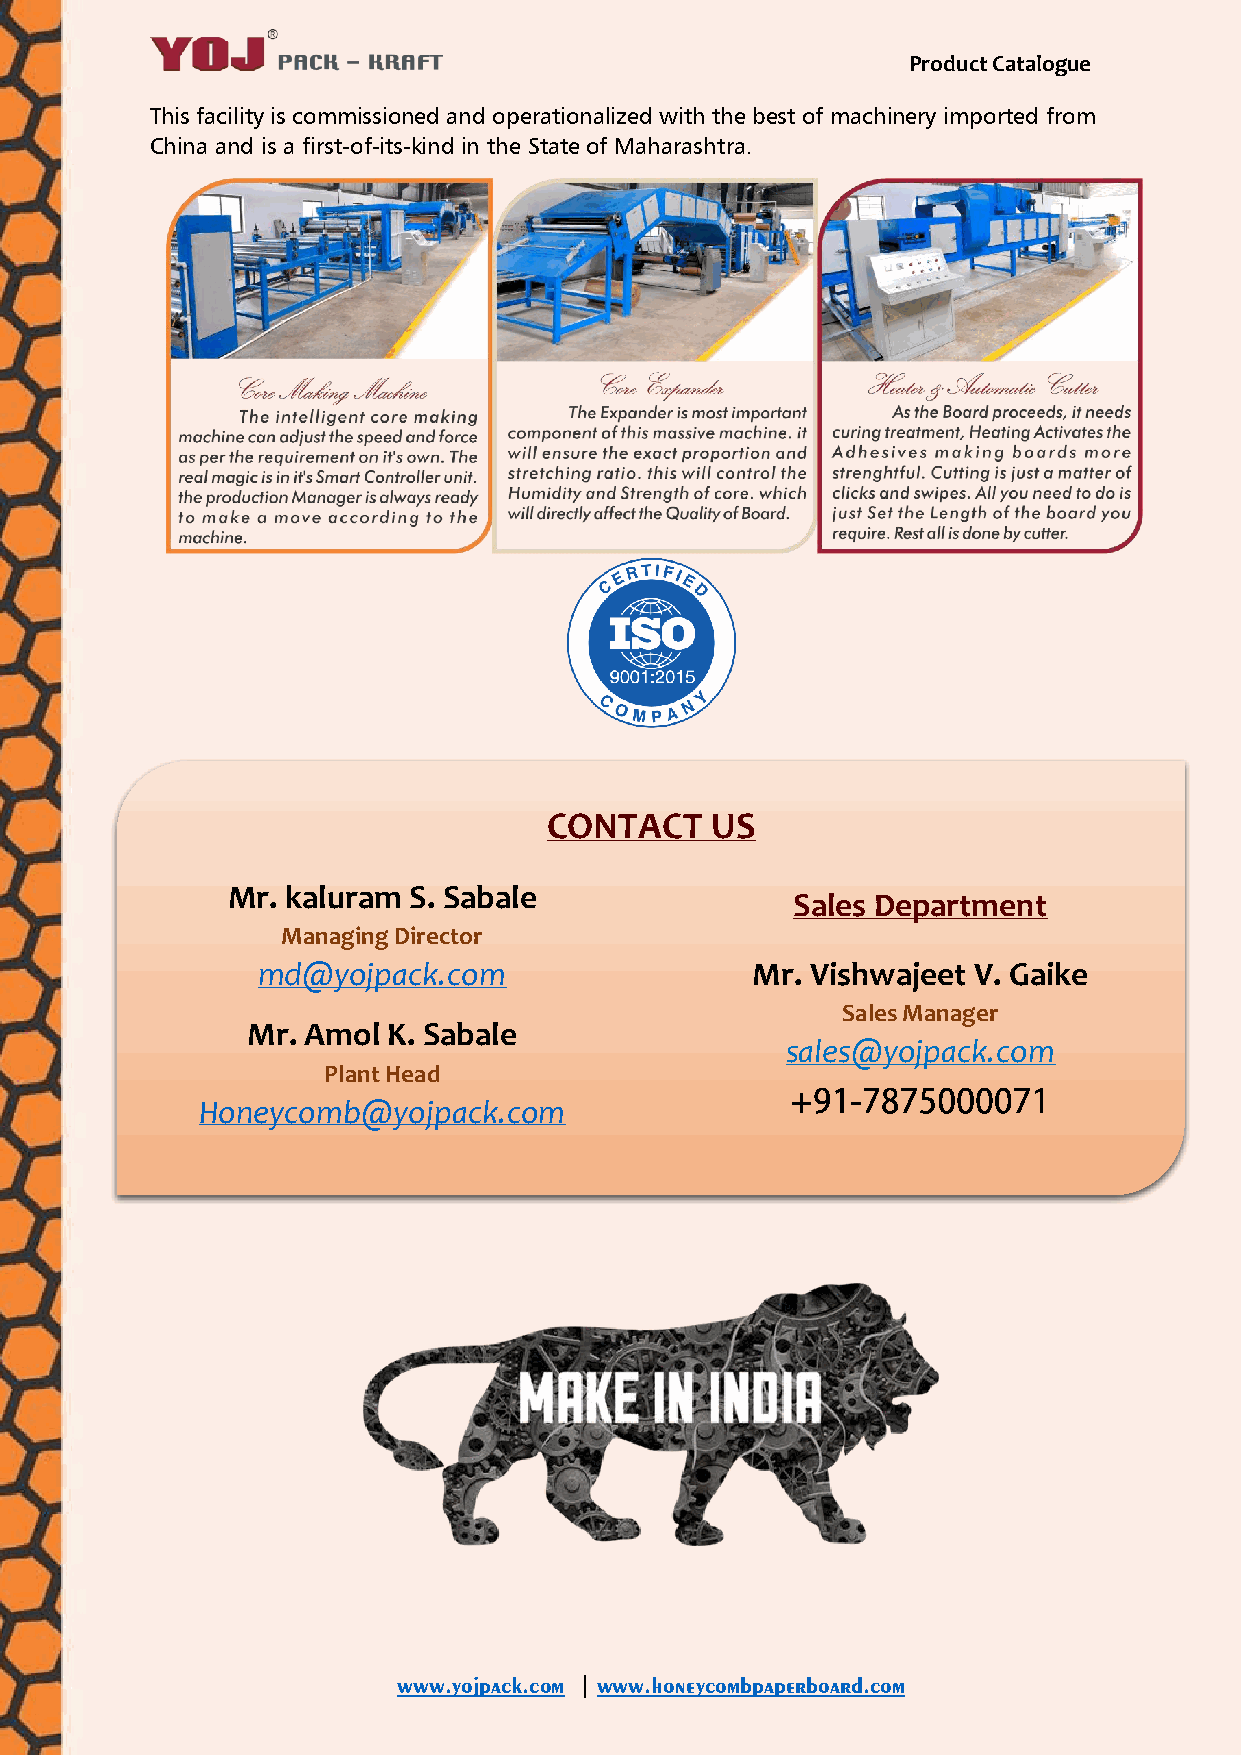
Product Catalogue
 This facility is commissioned and operationalized with the best of machinery imported from
 China and is a first-of-its-kind in the State of Maharashtra.
 CONTACT    US
 Mr. kaluram S. Sabale
 Sales Department
 Managing Director
 md@yojpack.com                   Mr. Vishwajeet V. Gaike
 Sales Manager
 Mr. Amol  K. Sabale
 sales@yojpack.com
 Plant Head
 Honeycomb@yojpack.com
 www.yojpack.com | www.honeycombpaperboard.com